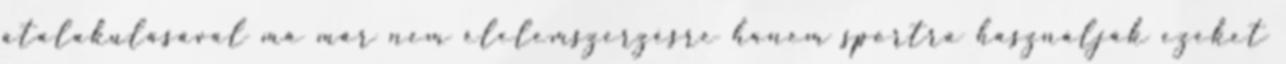
átalakulásával ma már nem élelemszerzésre hanem sportra használják ezeket